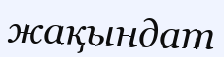
жақындат